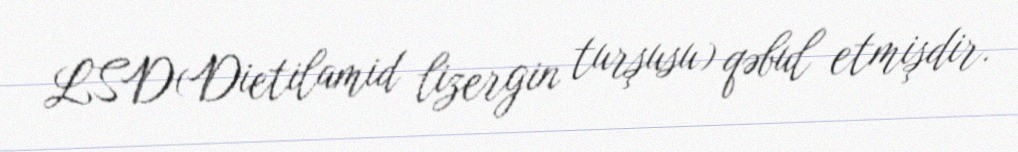
LSD(Dietilamid lizergin turşusu) qəbul etmişdir.